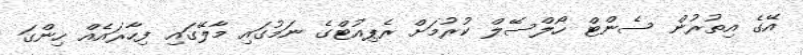
އޭގެ އިތުރުން ސެންޓް ހޯލްސޭލް ކުރުމަށް ރެޕިއުޓްގެ ނަމުގައި މާލޭގައި ފިހާރައެއް ހިންގަ